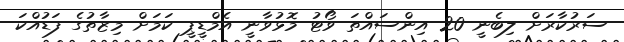
ސަރުކާރަށް ލިބެނީ 20 އިންސައްތަ ވޯޓު މޮޅުވާނީ އެމްޑީޕީ ކަމަށް މިޒާތުގެ ފަޑުއްކަ